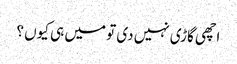
اچھی گاڑی نہیں دی تو میں ہی کیوں ؟